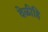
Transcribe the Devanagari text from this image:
वेळीहि